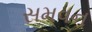
સમવન